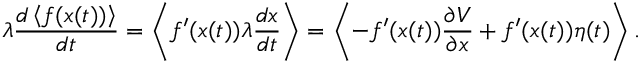
\lambda { \frac { d \left\langle f ( x ( t ) ) \right\rangle } { d t } } = \left\langle f ^ { \prime } ( x ( t ) ) \lambda { \frac { d x } { d t } } \right\rangle = \left\langle - f ^ { \prime } ( x ( t ) ) { \frac { \partial V } { \partial x } } + f ^ { \prime } ( x ( t ) ) \eta ( t ) \right\rangle .